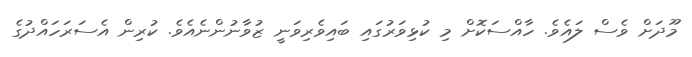
މޫދަށް ވެސް ލައެވެ. ހާއްސަކޮށް މި ކުޅިވަރުގައި ބައިވެރިވަނީ ޒުވާނުންނެއެވެ. ކުރިން އެސަރަހައްދުގެ